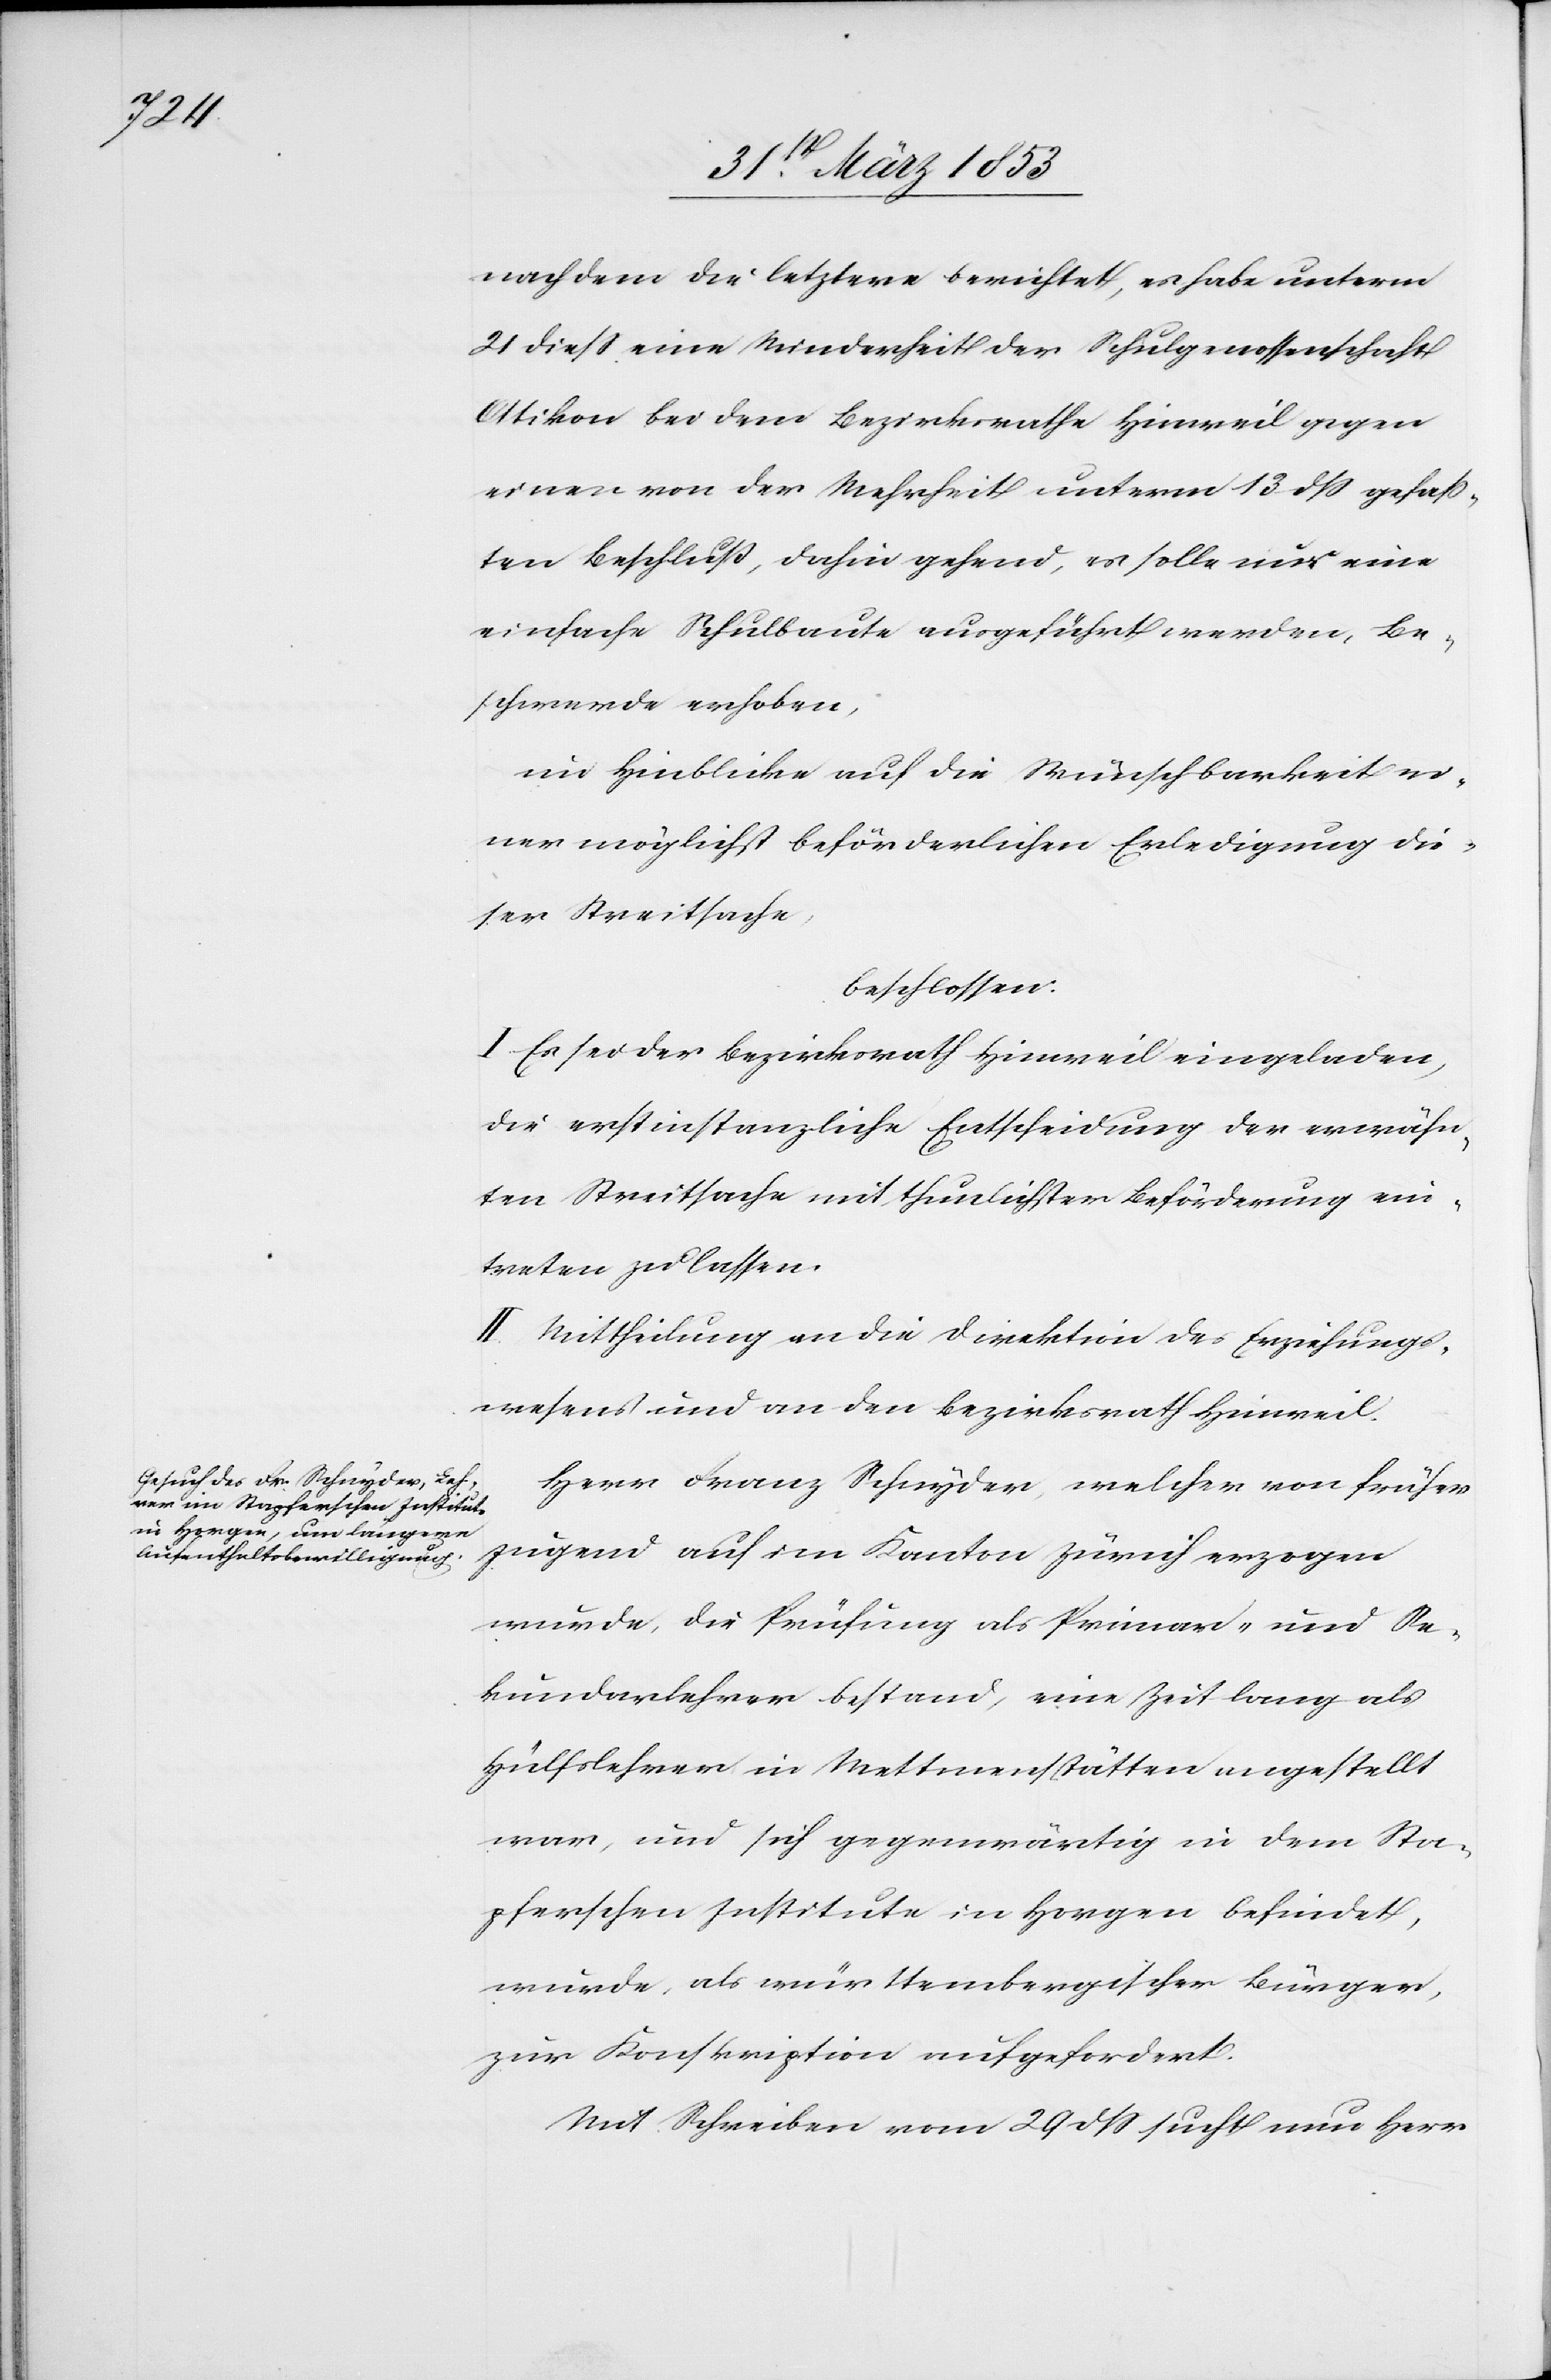
ein¬

nachdem die letztere berichtet, es habe unterm
21 dieß eine Minderheit der Schulgenossenschaft
Attikon bei dem Bezirksrathe Hinweil gegen
einen von der Mehrheit unterm 13 dß gefaß¬
ten Beschluß, dahin gehend, es solle nur eine
einfache Schulbaute ausgeführt werden, Be¬
schwerde erhoben.
im Hinblicke auf die Wünschbarkeit ein¬
er möglichst beförderlichen Erledigung die¬
ser Streitsache,
beschlossen:
I. Es sei der Bezirksrath Hinweil eingeladen,
die erstinstanzliche Entscheidung der Streitsache
treten zu lassen.
II. Mittheilung an die Direktion des Erziehungs¬
wesens und an den Bezirksrath Hinweil.
Herr Franz Schnyder, welcher von früher
Jugend auf im Kanton Zürich erzogen
wurde, die Prüfung als Primar- und Se¬
kundarlehrer bestand, eine Zeit lang als
Hülfslehrer in Mettmenstätten angestellt
war, und sich gegenwärtig in dem Sta¬
pferschen Institute in Horgen befindet,
wurde, als württembergischer Bürger
zur Konskription aufgefordert.
Mit Schreiben vom 29 dß sucht nun Herr